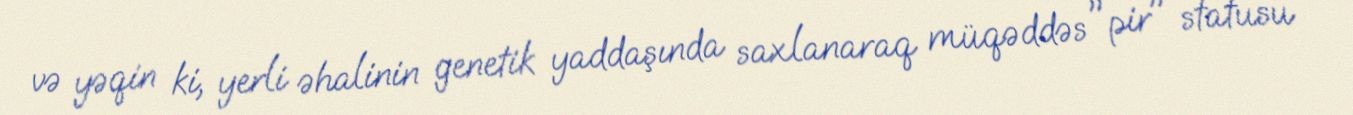
və yəqin ki, yerli əhalinin genetik yaddaşında saxlanaraq müqəddəs "pir" statusu